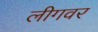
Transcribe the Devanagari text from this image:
लीगवर